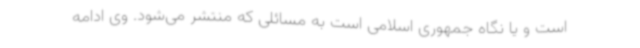
است و یا نگاه جمهوری اسلامی است به مسائلی که منتشر می‌شود. وی ادامه